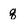
Character: q